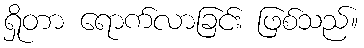
ရှိုတာ ရောက်လာခြင်း ဖြစ်သည်။